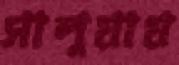
সালুয়ায়